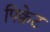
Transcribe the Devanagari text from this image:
पिक्वेट